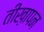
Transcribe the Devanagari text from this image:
तीख़ापन